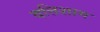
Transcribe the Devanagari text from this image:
वत्तिशाम